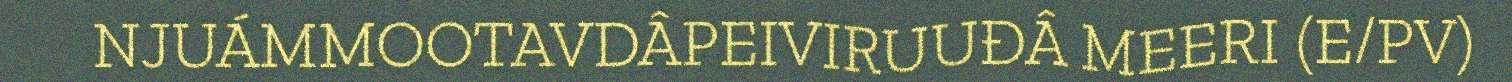
NJUÁMMOOTAVDÂPEIVIRUUĐÂ MEERI (E/PV)